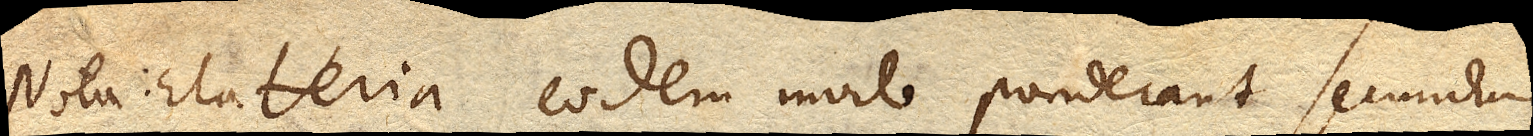
Nota: Elateria eodem modo ponderant secundum